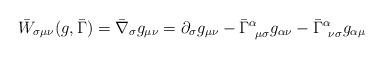
LaTeX: \begin{align*}\bar{W}_{\sigma \mu \nu}(g, \bar{\Gamma})= \bar{\nabla}_\sigma g_{\mu \nu } = \partial_\sigma g_{\mu \nu }- \bar{\Gamma}^\alpha_{~\mu \sigma} g_{\alpha \nu}- \bar{\Gamma}^\alpha_{~\nu \sigma} g_{\alpha \mu}\end{align*}